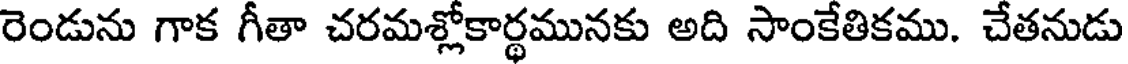
రెండును గాక గీతా చరమశ్లోకార్థమునకు అది సాంకేతికము. చేతనుడు